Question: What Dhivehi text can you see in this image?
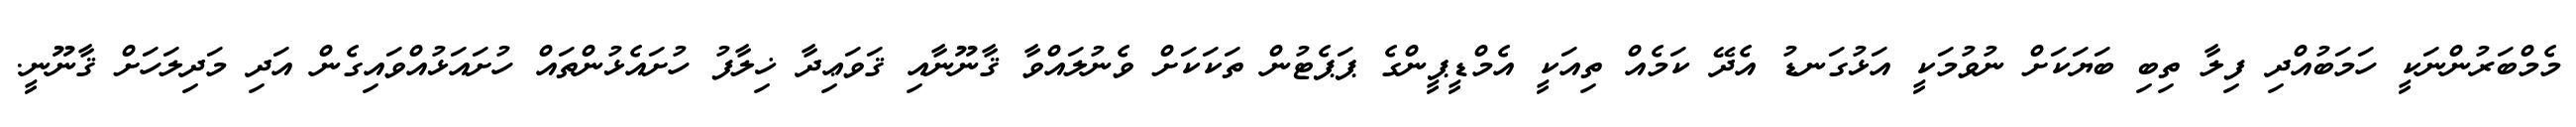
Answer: މެމްބަރުންނަކީ ހަމަބުއްދި ފިލާ ތިބި ބަޔަކަށް ނުވުމަކީ އަޅުގަނޑު އެދޭ ކަމެއް ތިއަކީ އެމްޑީޕީންގެ ޕަޕެޓުން ތަކަކަށް ވެނުލައްވާ ޤާނޫނާއި ޤަވަޢިދާ ޚިލާފު ހުށައެޅުންތައް ހުށައަޅުއްވައިގެން އަދި މަދިލަހަށް ޤާނޫނީ.